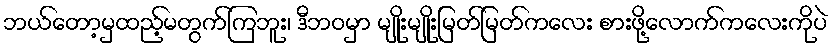
ဘယ်တော့မှထည့်မတွက်ကြဘူး၊ ဒီဘဝမှာ မျိုးမျိုးမြတ်မြတ်ကလေး စားဖို့လောက်ကလေးကိုပဲ